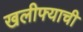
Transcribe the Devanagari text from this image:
खलीफ्याची